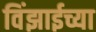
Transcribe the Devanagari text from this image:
विंझाईच्या